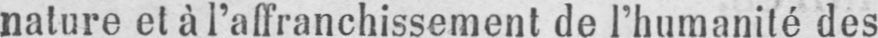
nature et à l’affranchissement de l’humanité des